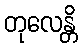
တုလေန္တိ